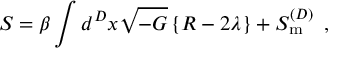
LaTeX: S = \beta \int d ^ { D } x \sqrt { - { \cal { G } } } \left\{ { \cal { R } } - 2 \lambda \right\} + { \cal { S } } _ { \mathrm { { m } } } ^ { ( D ) } \, \, \, ,